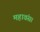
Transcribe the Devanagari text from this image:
महावंस।